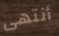
أنتهى